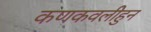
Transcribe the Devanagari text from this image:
कणकवलीहुन